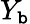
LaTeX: Y_{\mathtt{b}}